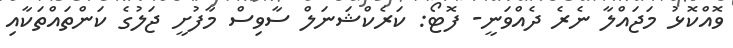
ވޮއްކޮޅު މަޖައްލާ ނެރެ ދެއްވަނީ- ފޮޓޯ: ކަރެކްޝަނަލް ސާވިސް މާފުށީ ޖަލުގެ ކަންތައްތަކާއި